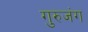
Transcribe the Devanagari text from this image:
गुरुजंग